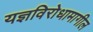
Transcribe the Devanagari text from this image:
यज्ञविरोधामागील